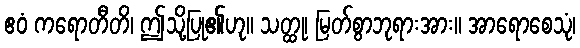
ဧဝံ ကရောတီတိ၊ ဤသို့ပြု၏ဟု။ သတ္ထု၊ မြတ်စွာဘုရားအား။ အာရောစေသုံ၊